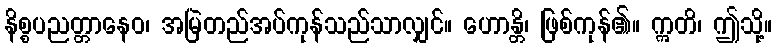
နိစ္စပညတ္တာနေဝ၊ အမြဲတည်အပ်ကုန်သည်သာလျှင်။ ဟောန္တိ၊ ဖြစ်ကုန်၏။ ဣတိ၊ ဤသို့။